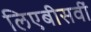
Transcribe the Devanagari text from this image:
लिएबीसवीं